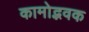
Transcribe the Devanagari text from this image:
कामोद्भवक